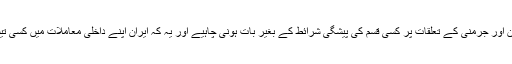
اُدھر تہران حکومت کا موقف یہ ہے کہ ایران اور جرمنی کے تعلقات پر کسی قسم کی پیشگی شرائط کے بغیر بات ہونی چاہیے اور یہ کہ ایران اپنے داخلی معاملات میں کسی تیسرے فریق کی مداخلت کو رَد کر کرتا ہے۔